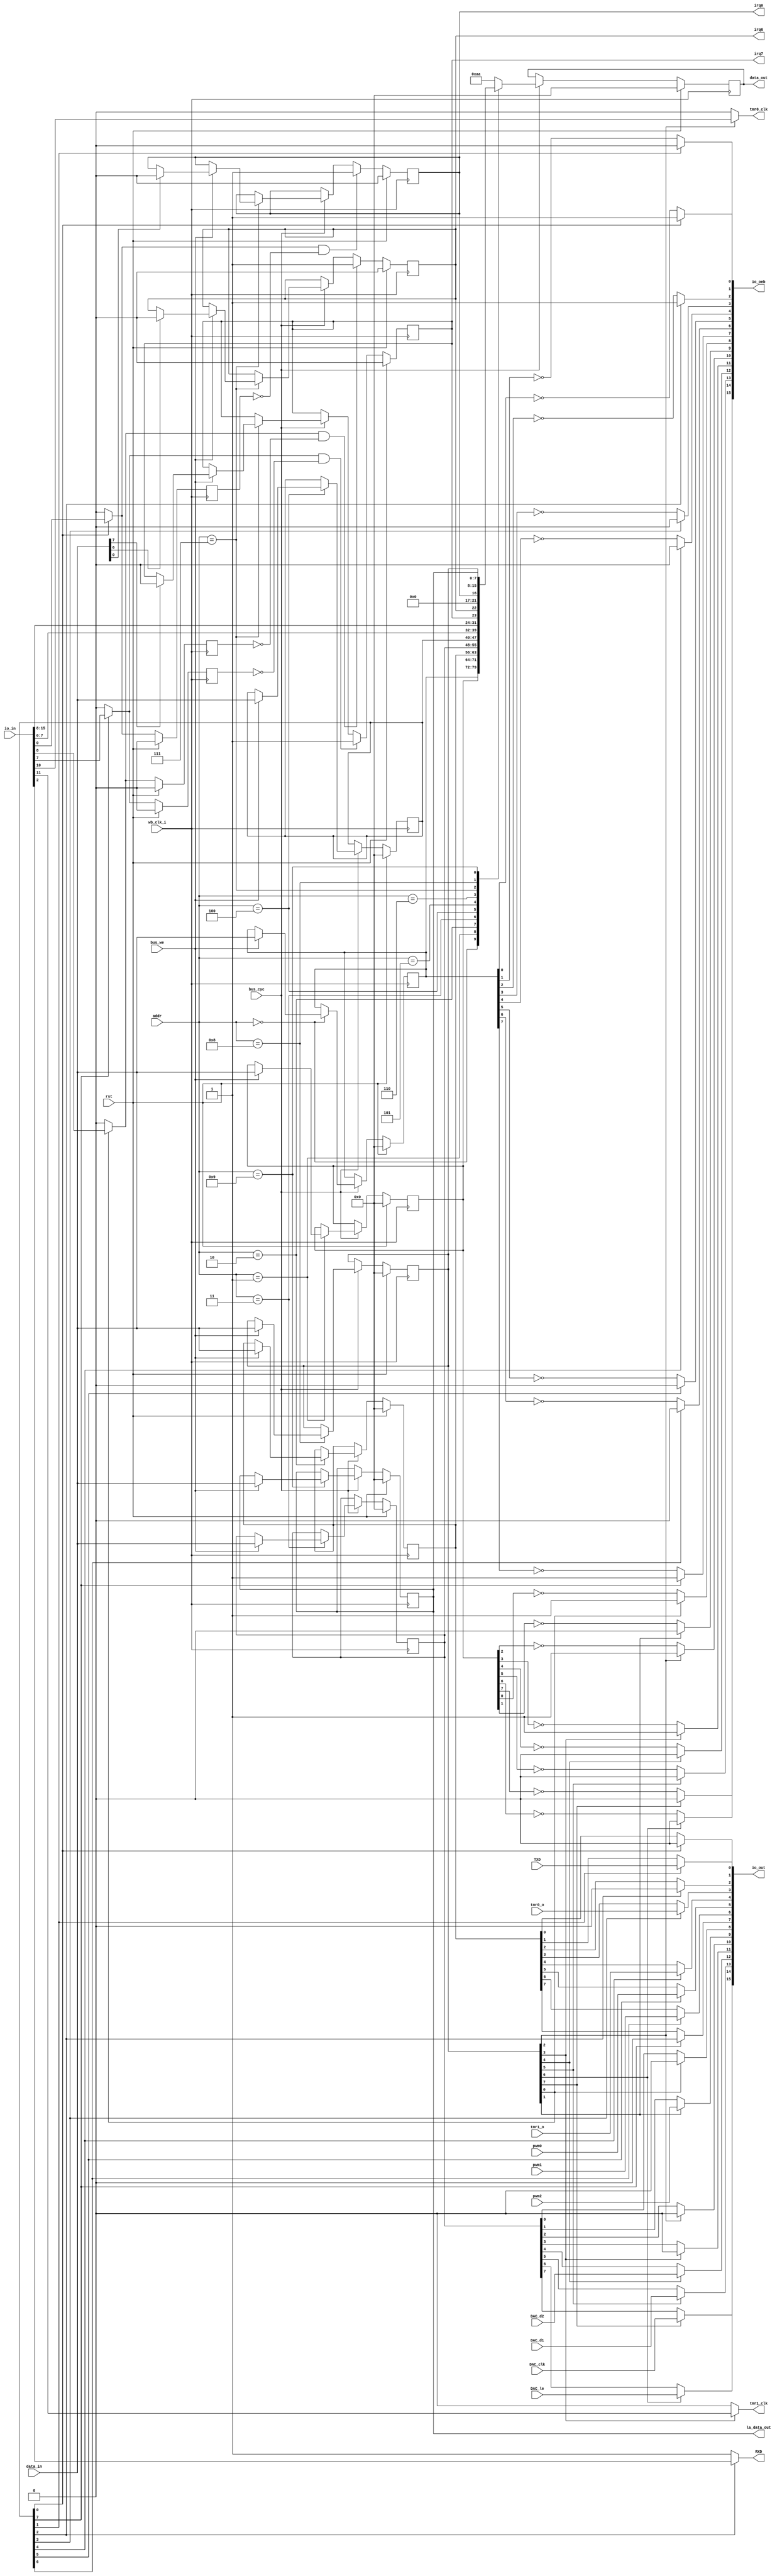
`default_nettype none

module gpios(
`ifdef USE_POWER_PINS
	inout vdd,
	inout vss,
`endif
	input [15:0] io_in,
	output [15:0] io_out,
	output [15:0] io_oeb,
	input wb_clk_i,
	input rst,
	
	input [3:0] addr,
	input [7:0] data_in,
	output reg [7:0] data_out,
	input bus_cyc,
	input bus_we,
	output reg irq0,
	output reg irq6,
	output reg irq7,
	
	input tmr0_o,
	input tmr1_o,
	input pwm0,
	input pwm1,
	input pwm2,
	
	output tmr0_clk,
	output tmr1_clk,
	
	input TXD,
	output RXD,
	
	input DAC_clk,
	input DAC_le,
	input DAC_d1,
	input DAC_d2,
	
	output reg [7:0] la_data_out
);

reg [7:0] DDRA;
reg [7:0] DDRB;
reg [7:0] PORTA;
reg [7:0] PORTB;
reg [7:0] SPA;
reg [7:0] SPB;

/*
 * PA0 - IRQ0
 * PA1 - TXD
 * PA2 - RXD
 * PA3 - TMR0
 * PA4 - TMR1
 * PA5 - PWM0
 * PA6 - PWM1
 * PA7 - IRQ7
 */
 
 /*
  * PB0 - IRQ6
  * PB1 - PWM2
  * PB2 - TMR0 CLK
  * PB3 - TMR1 CLK
  * PB4 - DAC DAT1
  * PB5 - DAC DAT0
  * PB6 - DAC LE
  * PB7 - DAC CLK
  */

assign io_out[0] = SPA[0] ? 1'b0 : PORTA[0];
assign io_out[1] = SPA[1] ? TXD : PORTA[1];
assign io_out[2] = SPA[2] ? 1'b0 : PORTA[2];
assign io_out[3] = SPA[3] ? tmr0_o : PORTA[3];
assign io_out[4] = SPA[4] ? tmr1_o : PORTA[4];
assign io_out[5] = SPA[5] ? pwm0 : PORTA[5];
assign io_out[6] = SPA[6] ? pwm1 : PORTA[6];
assign io_out[7] = SPA[7] ? 1'b0 : PORTA[7];
assign io_oeb[0] = SPA[0] ? 1'b1 : !DDRA[0];
assign io_oeb[1] = SPA[1] ? 1'b0 : !DDRA[1];
assign io_oeb[2] = SPA[2] ? 1'b1 : !DDRA[2];
assign io_oeb[3] = SPA[3] ? 1'b0 : !DDRA[3];
assign io_oeb[4] = SPA[4] ? 1'b0 : !DDRA[4];
assign io_oeb[5] = SPA[5] ? 1'b0 : !DDRA[5];
assign io_oeb[6] = SPA[6] ? 1'b0 : !DDRA[6];
assign io_oeb[7] = SPA[7] ? 1'b1 : !DDRA[7];
assign RXD = SPA[2] ? io_in[2] : 1'b1;

assign io_out[8] = SPB[0] ? 1'b0 : PORTB[0];
assign io_out[9] = SPB[1] ? pwm2 : PORTB[1];
assign io_out[10] = SPB[2] ? 1'b0 : PORTB[2];
assign io_out[11] = SPB[3] ? 1'b0 : PORTB[3];
assign io_out[12] = SPB[4] ? DAC_d2 : PORTB[4];
assign io_out[13] = SPB[5] ? DAC_d1 : PORTB[5];
assign io_out[14] = SPB[6] ? DAC_le : PORTB[6];
assign io_out[15] = SPB[7] ? DAC_clk : PORTB[7];
assign io_oeb[8] = SPB[0] ? 1'b1 : !DDRB[0];
assign io_oeb[9] = SPB[1] ? 1'b0 : !DDRB[1];
assign io_oeb[10] = SPB[2] ? 1'b1 : !DDRB[2];
assign io_oeb[11] = SPB[3] ? 1'b1 : !DDRB[3];
assign io_oeb[12] = SPB[4] ? 1'b0 : !DDRB[4];
assign io_oeb[13] = SPB[5] ? 1'b0 : !DDRB[5];
assign io_oeb[14] = SPB[6] ? 1'b0 : !DDRB[6];
assign io_oeb[15] = SPB[7] ? 1'b0 : !DDRB[7];

reg last_irq0_trigger;
reg last_irg6_trigger;
reg last_irq7_trigger;
wire irq0_trigger = SPA[0] ? io_in[0] : 1'b0;
wire irq6_trigger = SPB[0] ? io_in[8] : 1'b0;
wire irq7_trigger = SPA[7] ? io_in[7] : 1'b0;
assign tmr0_clk = SPB[2] ? io_in[10] : 1'b0;
assign tmr1_clk = SPB[3] ? io_in[11] : 1'b0;

always @(posedge wb_clk_i) begin
	if(rst) begin
		data_out <= 8'h00;
		DDRA <= 8'h00;
		DDRB <= 8'h00;
		PORTA <= 8'h00;
		PORTB <= 8'h00;
		SPA <= 8'h00;
		SPB <= 8'h00;
		irq0 <= 1'b0;
		irq6 <= 1'b0;
		irq7 <= 1'b0;
		last_irq0_trigger <= 1'b0;
		last_irg6_trigger <= 1'b0;
		last_irq7_trigger <= 1'b0;
		la_data_out <= 8'h00;
	end else begin
		if(bus_cyc) begin
			case(addr)
				0: begin
					if(bus_we) DDRA <= data_in;
					data_out <= DDRA;
				end
				1: begin
					if(bus_we) DDRB <= data_in;
					data_out <= DDRB;
				end
				2: begin
					if(bus_we) PORTA <= data_in;
					data_out <= PORTA;
				end
				3: begin
					if(bus_we) PORTB <= data_in;
					data_out <= PORTB;
				end
				4: begin
					if(bus_we) SPA <= data_in;
					data_out <= SPA;
				end
				5: data_out <= io_in[7:0];
				6: data_out <= io_in[15:8];
				7: begin
					if(bus_we) begin
						if(data_in[0]) irq0 <= 1'b0;
						if(data_in[6]) irq6 <= 1'b0;
						if(data_in[7]) irq7 <= 1'b0;
					end
					data_out <= {irq7, irq6, 5'h00, irq0};
				end
				8: begin
					if(bus_we) SPB <= data_in;
					data_out <= SPB;
				end
				9: begin
					if(bus_we) la_data_out <= data_in;
					data_out <= la_data_out;
				end
				default: data_out <= 8'hAA;
			endcase
		end
		if(irq0_trigger && !last_irq0_trigger) irq0 <= 1'b1;
		if(irq6_trigger && !last_irg6_trigger) irq6 <= 1'b1;
		if(irq7_trigger && !last_irq7_trigger) irq7 <= 1'b1;
		last_irq0_trigger <= irq0_trigger;
		last_irg6_trigger <= irq6_trigger;
		last_irq7_trigger <= irq7_trigger;
	end
end

endmodule